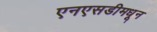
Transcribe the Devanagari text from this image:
एनएसडीमधून